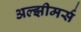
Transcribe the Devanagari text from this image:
अल्झीमर्स